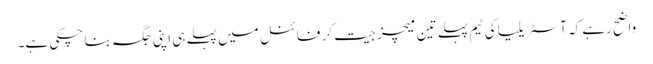
واضح رہے کہ آسٹریلیا کی ٹیم پہلے تین میچز جیت کر فائنل میں پہلے ہی اپنی جگہ بنا چکی ہے۔